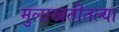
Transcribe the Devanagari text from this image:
मुलाखतीतल्या